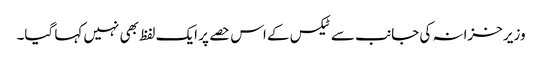
وزیر خزانہ کی جانب سے ٹیکس کے اس حصے پر ایک لفظ بھی نہیں کہا گیا۔